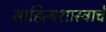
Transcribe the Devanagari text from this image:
साहित्यशास्त्राचे